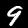
Label: 9